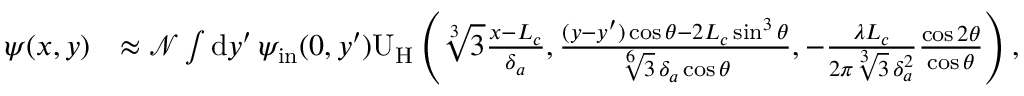
\begin{array} { r l } { \psi ( x , y ) } & { \approx \mathcal { N } \int \mathrm { d } y ^ { \prime } \, \psi _ { \mathrm { i n } } ( 0 , y ^ { \prime } ) \mathrm { U } _ { \mathrm { H } } \left( \sqrt [ 3 ] { 3 } \frac { x - L _ { c } } { \delta _ { a } } , \frac { ( y - y ^ { \prime } ) \cos \theta - 2 L _ { c } \sin ^ { 3 } \theta } { \sqrt [ 6 ] { 3 } \, \delta _ { a } \cos \theta } , - \frac { \lambda L _ { c } } { 2 \pi \sqrt [ 3 ] { 3 } \, \delta _ { a } ^ { 2 } } \frac { \cos 2 \theta } { \cos \theta } \right) , } \end{array}